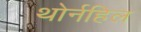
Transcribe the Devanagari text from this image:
थोर्नहिल